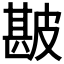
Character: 𰤯